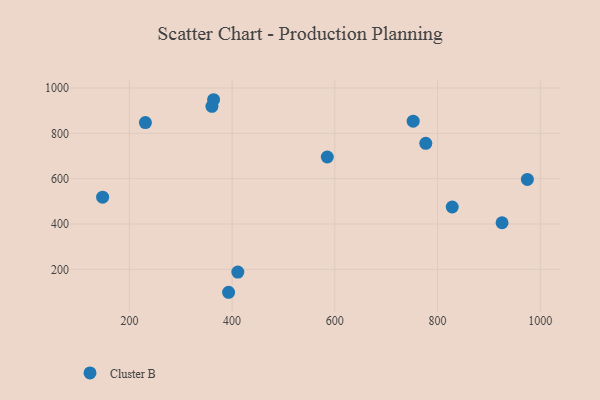
{"axis": {"x": "Investment", "y": "Exam Score"}, "legend": ["Cluster B"], "data": [{"x": "147.9", "y": 518.3, "type": "Cluster B"}, {"x": "231.2", "y": 847.4, "type": "Cluster B"}, {"x": "828.5", "y": 475.0, "type": "Cluster B"}, {"x": "925.5", "y": 405.6, "type": "Cluster B"}, {"x": "974.8", "y": 596.8, "type": "Cluster B"}, {"x": "585.3", "y": 695.7, "type": "Cluster B"}, {"x": "363.9", "y": 948.2, "type": "Cluster B"}, {"x": "393.1", "y": 99.0, "type": "Cluster B"}, {"x": "752.5", "y": 853.5, "type": "Cluster B"}, {"x": "360.7", "y": 919.3, "type": "Cluster B"}, {"x": "411.1", "y": 188.3, "type": "Cluster B"}, {"x": "777.0", "y": 755.8, "type": "Cluster B"}]}